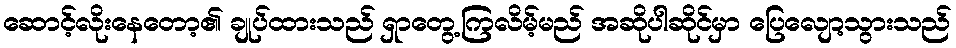
ဆောင့်လိုးနေတော့၏ ချုပ်ထားသည် ရှာတွေ့ကြလိမ့်မည် အဆိုပါဆိုင်မှာ ပြေလျော့သွားသည်